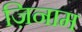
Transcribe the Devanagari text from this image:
ज़िनाम